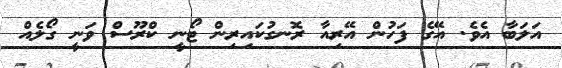
އަލަބާ އެވެ. އޭގެ ފަހުން އޭރިއާ ރޮނގުކައިރިން ޓޯނީ ކްރޫސް ވަނީ ގޯލެއް